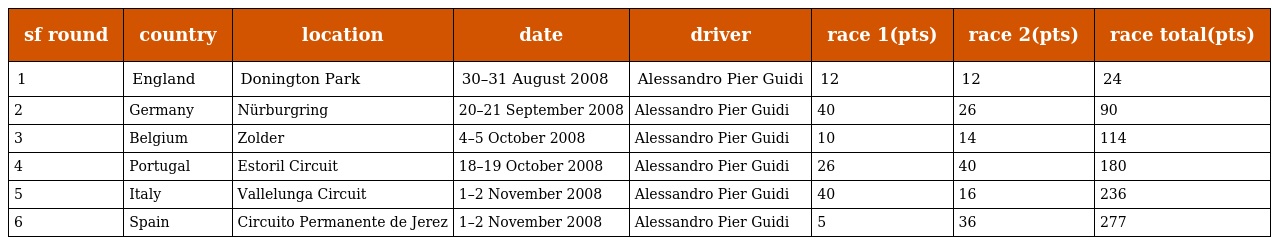
| sf round | country | location | date | driver | race 1(pts) | race 2(pts) | race total(pts) |
 | --- | --- | --- | --- | --- | --- | --- | --- |
 | 1 | England | Donington Park | 30–31 August 2008 | Alessandro Pier Guidi | 12 | 12 | 24 |
 | 2 | Germany | Nürburgring | 20–21 September 2008 | Alessandro Pier Guidi | 40 | 26 | 90 |
 | 3 | Belgium | Zolder | 4–5 October 2008 | Alessandro Pier Guidi | 10 | 14 | 114 |
 | 4 | Portugal | Estoril Circuit | 18–19 October 2008 | Alessandro Pier Guidi | 26 | 40 | 180 |
 | 5 | Italy | Vallelunga Circuit | 1–2 November 2008 | Alessandro Pier Guidi | 40 | 16 | 236 |
 | 6 | Spain | Circuito Permanente de Jerez | 1–2 November 2008 | Alessandro Pier Guidi | 5 | 36 | 277 |